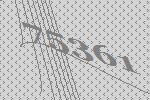
75361